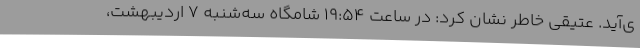
ی‌آید. عتیقی خاطر نشان کرد: در ساعت ۱۹:۵۴ شامگاه سه‌شنبه ۷ اردیبهشت،